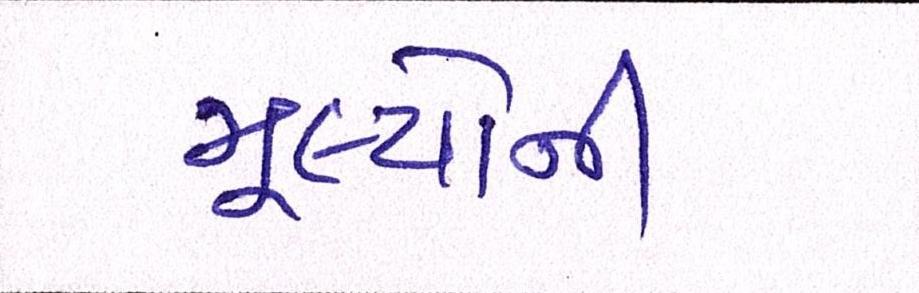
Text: મૂલ્યોની